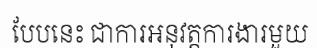
បែបនេះ ជាការអនុវត្តការងារមួយ